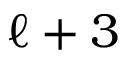
{ \ell + 3 }